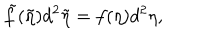
\tilde { f } ( \tilde { \eta } ) d ^ { 2 } \tilde { \eta } = f ( \eta ) d ^ { 2 } \eta ,